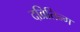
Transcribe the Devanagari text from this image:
दव्रितिन्ग